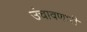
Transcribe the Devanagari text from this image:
उंचावणारी